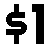
$1